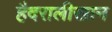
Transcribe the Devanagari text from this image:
हैदरालीखान